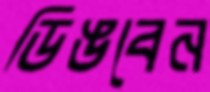
ডিঙবেন